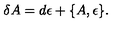
\delta { A } = d { \epsilon } + \{ { A } , { \epsilon } \} .